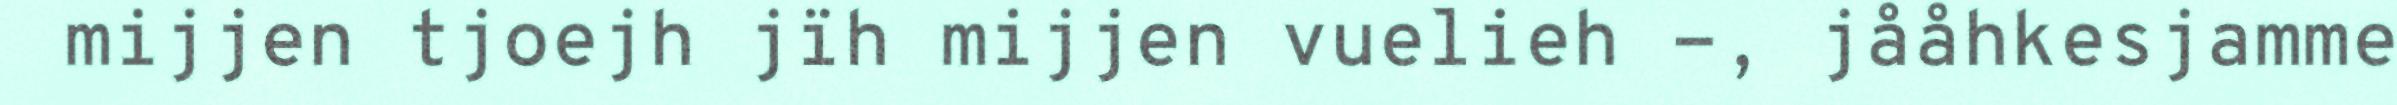
mijjen tjoejh jïh mijjen vuelieh -, jååhkesjamme